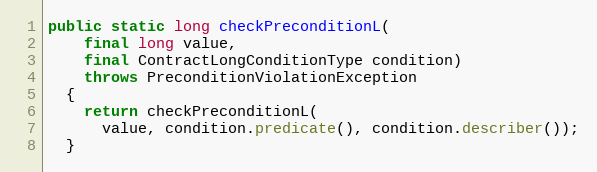
Language: Java
public static long checkPreconditionL(
    final long value,
    final ContractLongConditionType condition)
    throws PreconditionViolationException
  {
    return checkPreconditionL(
      value, condition.predicate(), condition.describer());
  }